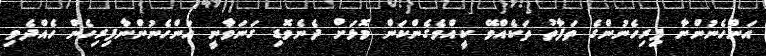
އަންހެނުންނާ ފިރިހެނުންގެ ތަފާތު ތަކެއްވޭ ކީއްވެގެންކަން މޮޅަށް ދެނެވޮޑި ގަނަވާނީ އަންހެނުންނާފިރިހެން ހެއްދެވި